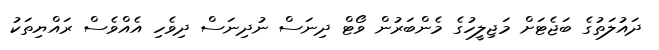
ދައުލަތުގެ ބަޖެޓަށް މަޖިލީހުގެ މެންބަރުން ވޯޓް ދިނަސް ނުދިނަސް ދިވެހި އެއްވެސް ރައްޔިތަކު